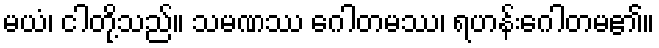
မယံ၊ ငါတို့သည်။ သမဏဿ ဂေါတမဿ၊ ရဟန်းဂေါတမ၏။